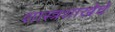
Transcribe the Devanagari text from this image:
शास्त्रशाखेचे